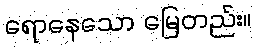
ရောနေသော မြေတည်း။